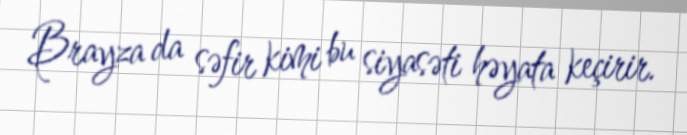
Brayza da səfir kimi bu siyasəti həyata keçirir.